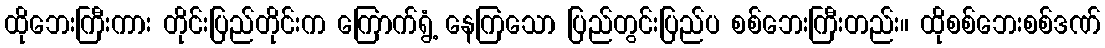
ထိုဘေးကြီးကား တိုင်းပြည်တိုင်းက ကြောက်ရွံ့ နေကြသော ပြည်တွင်းပြည်ပ စစ်ဘေးကြီးတည်း။ ထိုစစ်ဘေးစစ်ဒဏ်